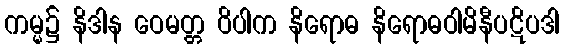
ကမ္မ၌ နိဒါန ဝေမတ္တ ဝိပါက နိရောဓ နိရောဓဝါမိနီပဋိပဒါ